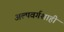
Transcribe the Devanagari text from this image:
अल्पवर्गशाही